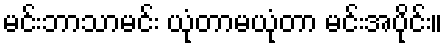
မင်းဘာသာမင်း ယုံတာမယုံတာ မင်းအပိုင်း။